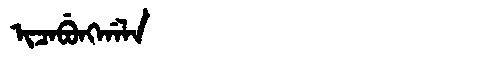
Manchu: ᡳᠴᠠᠪᡠᠩᡤᠠᠯᠠ
Romanization: ICABUNGGALA